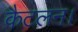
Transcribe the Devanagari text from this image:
कैटलन।